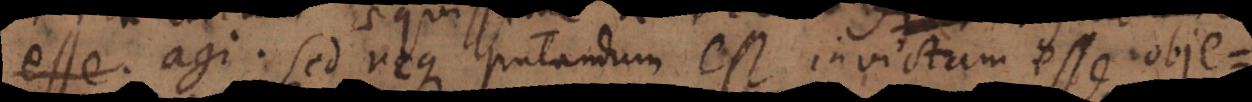
esse. agi. Sed neque putandum est invictam esse objec